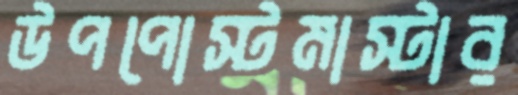
উপপোস্টমাস্টার